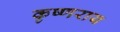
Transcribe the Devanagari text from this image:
कृष्णराय